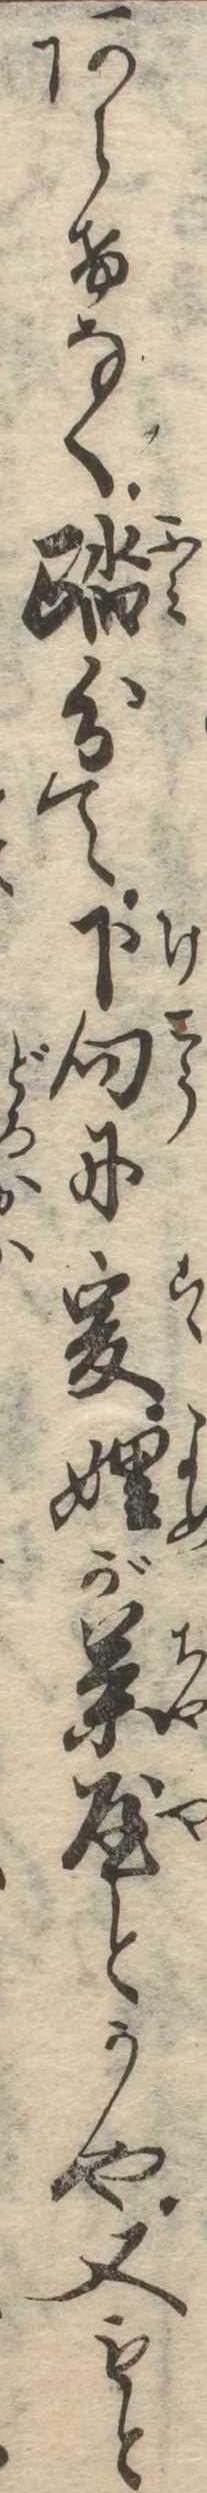
あらけなく踏分て下向に爰が茶屋とかや又もと